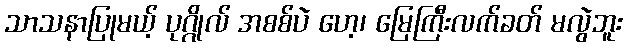
သာသနာပြုမယ့် ပုဂ္ဂိုလ် အစစ်ပဲ ဟေ့၊ မြေကြီးလက်ခတ် မလွဲဘူး